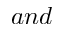
a n d